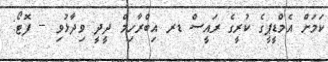
ކަމަށް އެމްޑީޕީގެ ކުރީގެ ރައީސް ޑރ އިބްރާހިމް ދީދީ ވިދާޅުވި -- ފޮޓޯ: